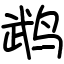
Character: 鹉